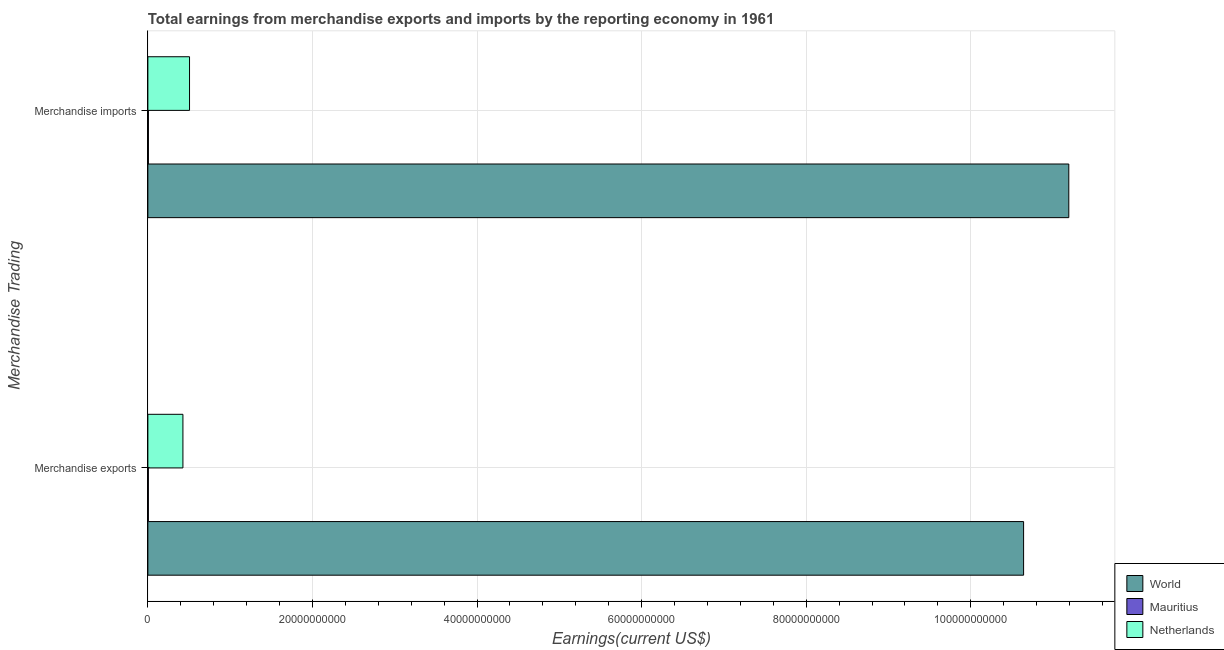
| Merchandise Trading | World | Mauritius | Netherlands |
 | --- | --- | --- | --- |
 | Merchandise exports | 1.06e+11 | 6.04e+07 | 4.26e+09 |
 | Merchandise imports | 1.12e+11 | 6.59e+07 | 5.06e+09 |